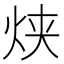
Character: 𰞋